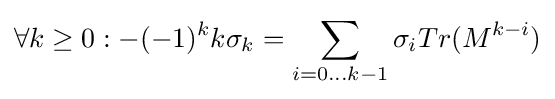
\forall k\geq 0:-(-1)^{k}k\sigma _{k}=\sum _{i=0...k-1}\sigma _{i}Tr(M^{k-i})